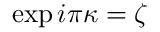
\exp i \pi \kappa = \zeta